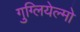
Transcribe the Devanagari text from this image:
गुग्लियेल्मो